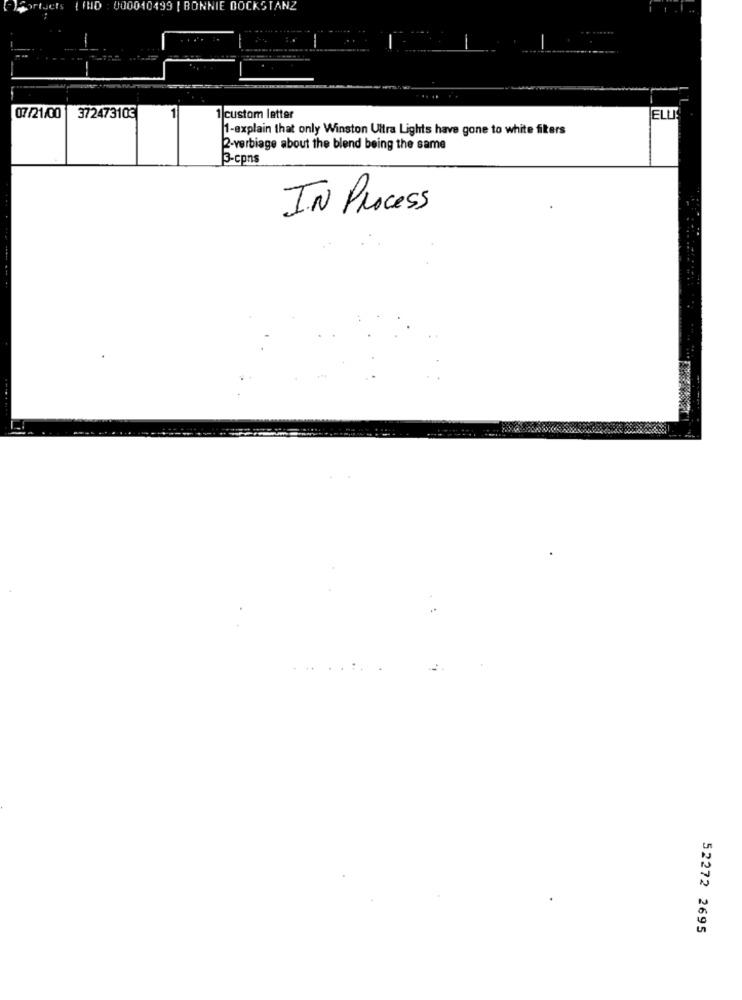
ortuets
000010499 | BONNIE DOCKSTANZ
07/21/001
372473103
1 custom letter
ELLI
1-explain that only Winston Ultra Lights have gone to white filters
2-verbiage about the blend being the same
3-cpns
IN Process
....
52272 2695